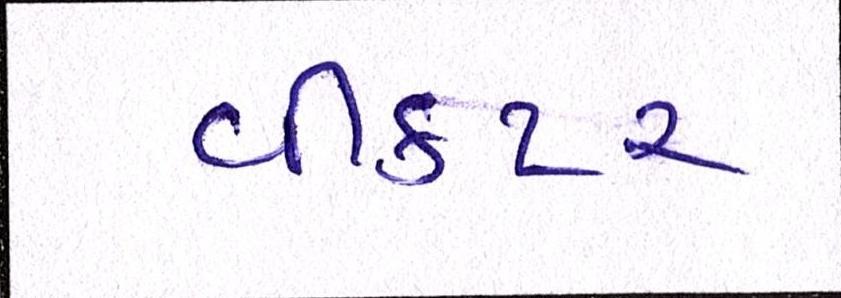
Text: વીકટર